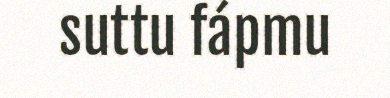
suttu fápmu